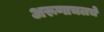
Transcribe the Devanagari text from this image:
अरूणाचलचे